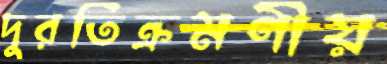
দুরতিক্রমণীয়